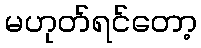
မဟုတ်ရင်တော့